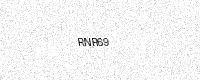
Text: RNR69